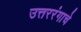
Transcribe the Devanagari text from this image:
उत्तररंगाचे